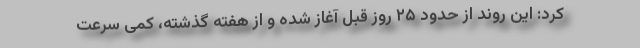
کرد: این روند از حدود ۲۵ روز قبل آغاز شده و از هفته‌ گذشته، کمی سرعت